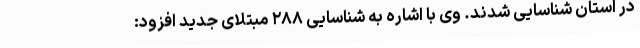
در استان شناسایی شدند. وی با اشاره به شناسایی ۲۸۸ مبتلای جدید افزود: